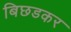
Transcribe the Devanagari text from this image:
बिछडकर